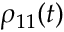
\rho _ { 1 1 } ( t )